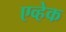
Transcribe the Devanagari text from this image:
एव्हेक